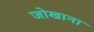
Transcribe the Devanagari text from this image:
जोखाना